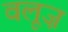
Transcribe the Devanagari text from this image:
वलूज़